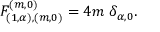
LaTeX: F _ { ( 1 , \alpha ) , ( m , 0 ) } ^ { ( m , 0 ) } = 4 m \; \delta _ { \alpha , 0 } .